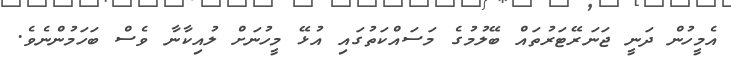
އެމީހުން ދަނީ ޖަނަރޭޓަރުތައް ބޭލުމުގެ މަސައްކަތުގައި އުޅޭ މީހުނަށް ލުއިކާނާ ވެސް ބަހަމުންނެވެ.